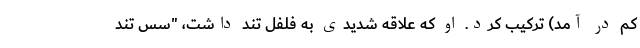
کم در آمد) ترکیب کرد. او که علاقه شدیدی به فلفل تند داشت، "سس تند